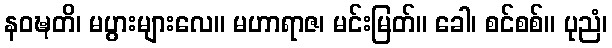
နဝဍ္ဎတိ၊ မပွားများလေ။ မဟာရာဇ၊ မင်းမြတ်။ ခေါ၊ စင်စစ်။ ပုညံ၊